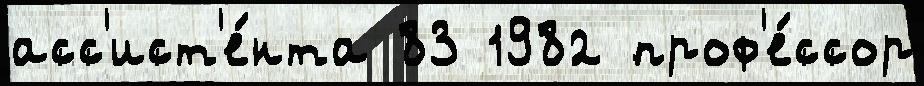
асс'ист'е́нта 83 1982 проф'е́ссор